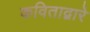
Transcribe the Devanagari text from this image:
कविताद्वारे